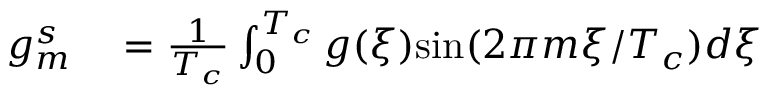
\begin{array} { r l } { g _ { m } ^ { s } } & { { } = \frac { 1 } { T _ { c } } \int _ { 0 } ^ { T _ { c } } g ( \xi ) \mathrm { s i n } ( 2 \pi m \xi / T _ { c } ) d \xi } \end{array}